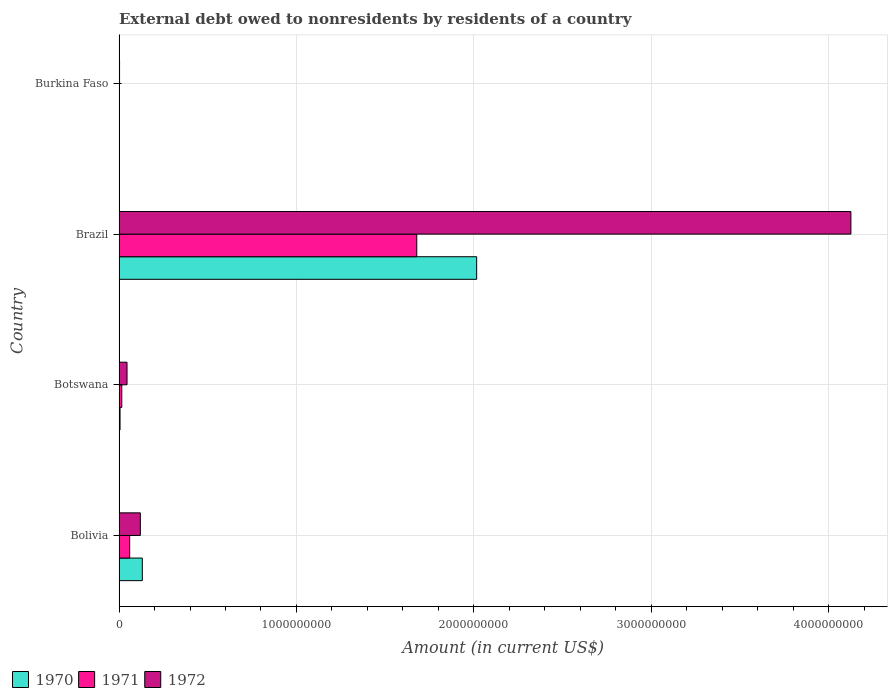
| Country | 1970 | 1971 | 1972 |
 | --- | --- | --- | --- |
 | Bolivia | 1.31e+08 | 5.99e+07 | 1.2e+08 |
 | Botswana | 5.57e+06 | 1.54e+07 | 4.5e+07 |
 | Brazil | 2.02e+09 | 1.68e+09 | 4.13e+09 |
 | Burkina Faso | 6.51e+05 | 1.32e+06 | 2.91e+06 |